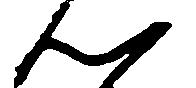
ん